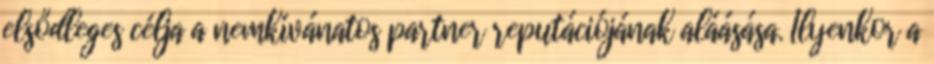
elsődleges célja a nemkívánatos partner reputációjának aláásása. Ilyenkor a